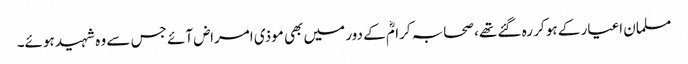
مسلمان اغیار کے ہو کر رہ گئے تھے، صحابہ کرامؓ کے دور میں بھی موذی امراض آئے جس سے وہ شہید ہوئے۔